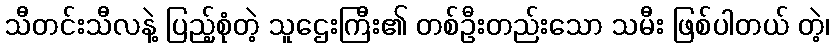
သီတင်းသီလနဲ့ ပြည့်စုံတဲ့ သူဌေးကြီး၏ တစ်ဦးတည်းသော သမီး ဖြစ်ပါတယ် တဲ့၊